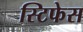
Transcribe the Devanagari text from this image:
स्टिफेस